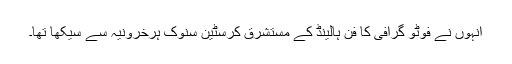
انہوں نے فوٹو گرافی کا فن ہالینڈ کے مستشرق کرسٹین سنوک ہرخرونیہ سے سیکھا تھا۔